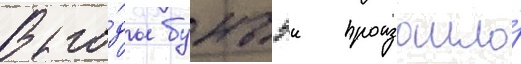
В го́ды бунъэи произошло́